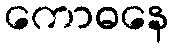
ကောဓနေ